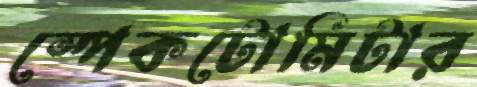
স্পেকটোমিটার